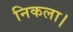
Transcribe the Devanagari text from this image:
निकला।